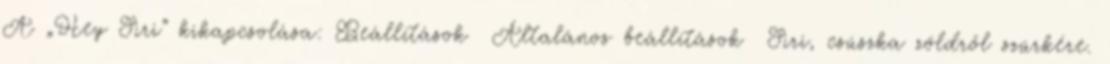
A „Hey Siri” kikapcsolása: Beállítások Általános beállítások Siri, csúszka zöldről szürkére.